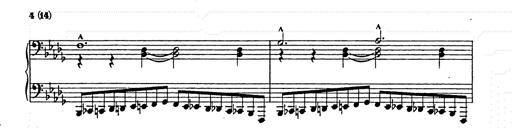
Title: Ballade No.2
Composer: Jan Skrzydlewski
Key: B minor